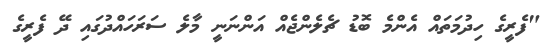
"ފެރީގެ ހިދުމަތައް އެންމެ ބޮޑު ޗެލެންޖެއް އަންނަނީ މާލެ ސަރަހައްދުގައި ދޭ ފެރީގެ